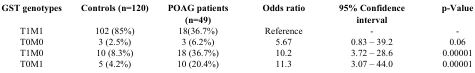
| GST genotypes | Controls (n=120) | POAG patients (n=49) | Odds ratio | 95% Confidence interval | p-Value |
 | --- | --- | --- | --- | --- | --- |
 | T1M1 | 102 (85%) | 18(36.7%) | Reference | - | - |
 | T0M0 | 3 (2.5%) | 3 (6.2%) | 5.67 | 0.83 – 39.2 | 0.06 |
 | T1M0 | 10 (8.3%) | 18 (36.7%) | 10.2 | 3.72 – 28.6 | 0.00001 |
 | T0M1 | 5 (4.2%) | 10 (20.4%) | 11.3 | 3.07 – 44.0 | 0.00001 |